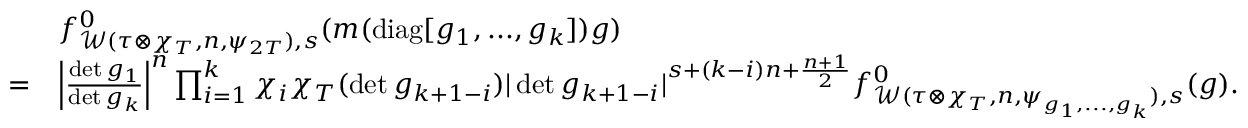
\begin{array} { r l } & { f _ { \mathcal { W } ( \tau \otimes \chi _ { T } , n , \psi _ { 2 T } ) , s } ^ { 0 } ( m ( \mathrm { d i a g } [ g _ { 1 } , . . . , g _ { k } ] ) g ) } \\ { = } & { \left| \frac { \operatorname* { d e t } g _ { 1 } } { \operatorname* { d e t } g _ { k } } \right| ^ { n } \prod _ { i = 1 } ^ { k } \chi _ { i } \chi _ { T } ( \operatorname* { d e t } g _ { k + 1 - i } ) | \operatorname* { d e t } g _ { k + 1 - i } | ^ { s + ( k - i ) n + \frac { n + 1 } { 2 } } f _ { \mathcal { W } ( \tau \otimes \chi _ { T } , n , \psi _ { g _ { 1 } , . . . , g _ { k } } ) , s } ^ { 0 } ( g ) . } \end{array}